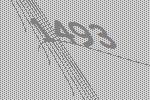
1493